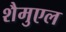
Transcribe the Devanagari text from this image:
शैमुएल